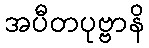
အပီတပုဗ္ဗာနိ